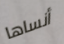
أنساها